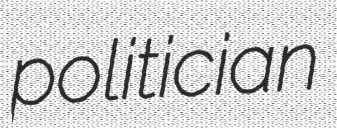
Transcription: politician